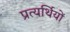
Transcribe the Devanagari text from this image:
प्रत्यर्थियों